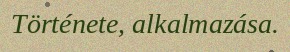
Története, alkalmazása.